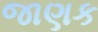
જાણક